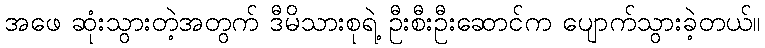
အဖေ ဆုံးသွားတဲ့အတွက် ဒီမိသားစုရဲ့ ဦးစီးဦးဆောင်က ပျောက်သွားခဲ့တယ်။